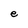
Character: e